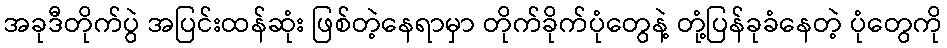
အခုဒီတိုက်ပွဲ အပြင်းထန်ဆုံး ဖြစ်တဲ့နေရာမှာ တိုက်ခိုက်ပုံတွေနဲ့ တုံ့ပြန်ခုခံနေတဲ့ ပုံတွေကို